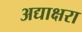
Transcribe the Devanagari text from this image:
अद्याक्षरा